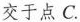
交于点C.